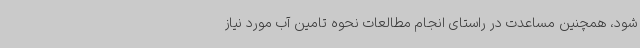
شود، همچنین مساعدت در راستای انجام مطالعات نحوه تامین آب مورد نیاز